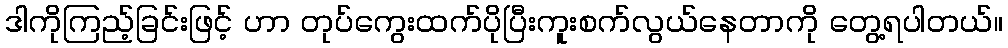
ဒါကိုကြည့်ခြင်းဖြင့် ဟာ တုပ်ကွေးထက်ပိုပြီးကူးစက်လွယ်နေတာကို တွေ့ရပါတယ်။